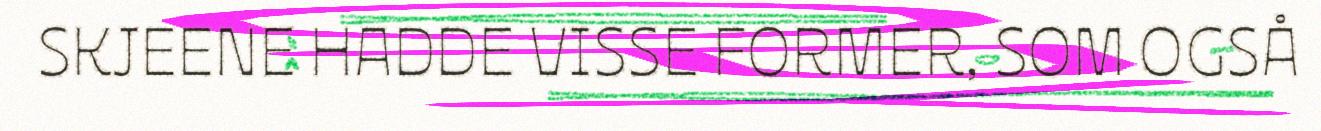
SKJEENE HADDE VISSE FORMER, SOM OGSÅ